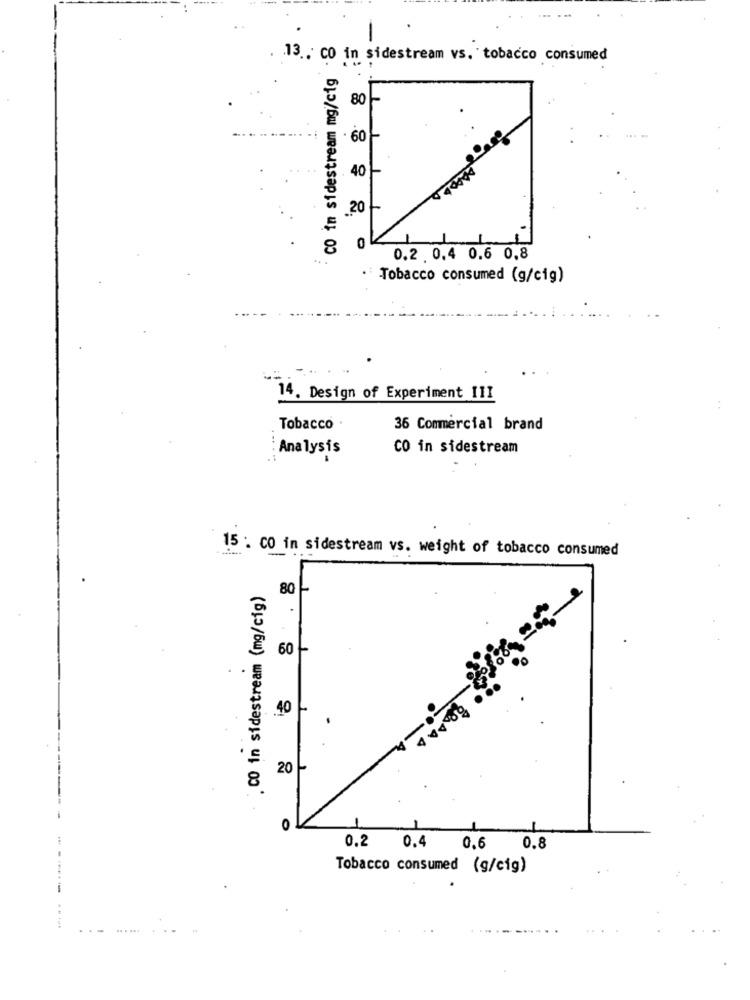
.13 .. CO in sidestream vs. tobacco consumed
: co im sidestream mg/cig
80-
. 60
40
20
0
0.2 0.4 0.6 0,8
· Tobacco consumed (g/cig)
14. Design of Experiment 111
Tobacco ·
36 Commercial brand
Analysis
CO in sidestream
.....
15 . CO in sidestream vs. weight of tobacco consumed
. CO in sidestream (mg/cig)
80
.
60
. . 40
20-
O
0.8
0.2 0.4
0.6
Tobacco consumed (g/cig)
.. . ...